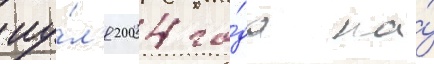
иу́л'я 2004 го́да на́